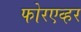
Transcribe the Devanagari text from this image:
फोरएव्हर